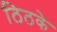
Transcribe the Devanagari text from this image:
ठिठके